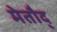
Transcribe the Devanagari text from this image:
मेतौद्